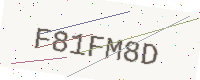
Text: F81FM8D